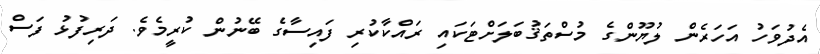
އެދުވަހު އަހަރެން ލުޔޫންގެ މުސްތަޤުބަލަށްޓަކައި ރައްކާކުރި ފައިިސާގެ ބޭނުން ކުރީމެވެ. ދަރިފުޅު ފަސް